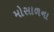
મોસાળના